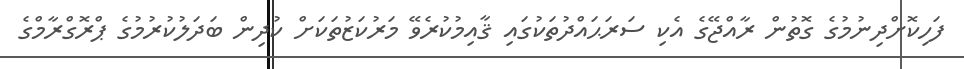
ފަހިކޮށްދިނުމުގެ ގޮތުން ރާއްޖޭގެ އެކި ސަރަޙައްދުތަކުގައި ޤާއިމުކުރެވޭ މަރުކަޒުތަކަށް ކުދިން ބަދަލުކުރުމުގެ ޕްރޮގްރާމްގެ